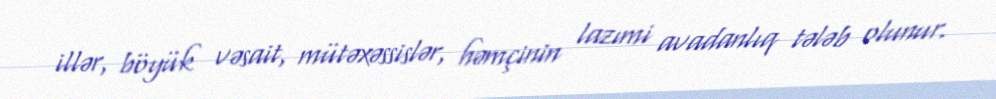
illər, böyük vəsait, mütəxəssislər, həmçinin lazımi avadanlıq tələb olunur.